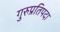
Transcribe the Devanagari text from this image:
गुरुप्रतिपदा